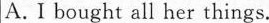
A. I bought all her things.